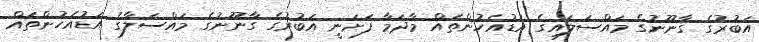
އަބުރުގެ ގާނޫނުގެ މައްސަލައިގެ އަޑުއެހުންތައް މާދަމާ ފަށަނީ އަބުރުގެ ގާނޫނުގެ މައްސަލާގެ އަޑުއެހުންތައް